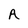
Character: A